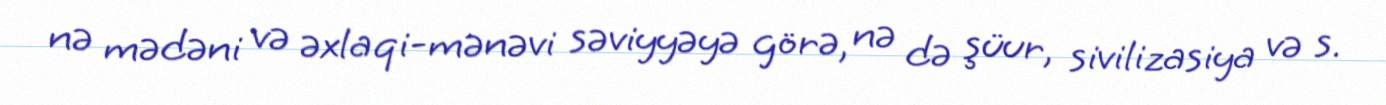
nə mədəni və əxlaqi-mənəvi səviyyəyə görə, nə də şüur, sivilizasiya və s.